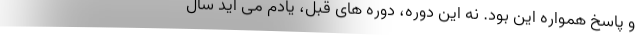
و پاسخ همواره این بود. نه این دوره، دوره های قبل، یادم می آید سال